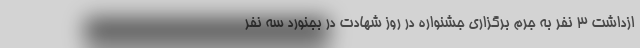
ازداشت 3 نفر به جرم برگزاری جشنواره در روز شهادت در بجنورد سه نفر